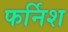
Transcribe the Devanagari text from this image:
फर्निश